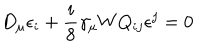
LaTeX: D _ { \mu } \epsilon _ { i } + \frac { i } { 8 } \gamma _ { \mu } W Q _ { i j } \epsilon ^ { j } = 0